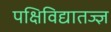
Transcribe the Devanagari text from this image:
पक्षिविद्यातज्ज्ञ